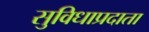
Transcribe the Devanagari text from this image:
सुविधाप्रदाता